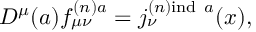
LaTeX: D ^ { \mu } ( a ) f _ { \mu \nu } ^ { ( n ) a } = j _ { \nu } ^ { ( n ) \mathrm { i n d } \ a } ( x ) ,